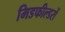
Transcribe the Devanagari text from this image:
मिडफील्डरों